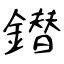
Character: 鐟